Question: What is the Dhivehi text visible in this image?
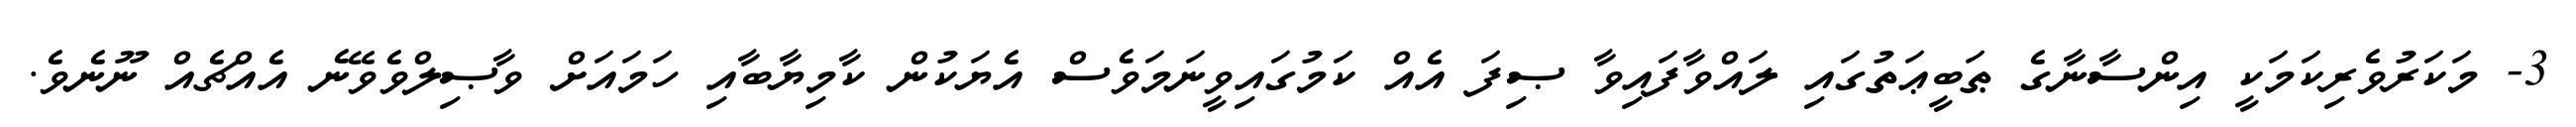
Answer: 3- މަކަރުވެރިކަމަކީ އިންސާނާގެ ޠަބީޢަތުގައި ލައްވާފައިވާ ޞިފަ އެއް ކަމުގައިވީނަމަވެސް އެޔަކުން ކާމިޔާބާއި ހަމައަށް ވާޞިލްވެވޭނެ އެއްޗެއް ނޫނެވެ.